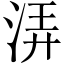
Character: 㳥